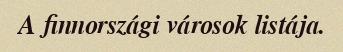
A finnországi városok listája.